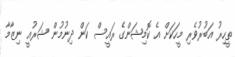
ތީހިރު އަބުރުވެރި މީހަކަށް އެ ކޮމިޝަންގެ ރައީސް ކަން ދިނުމުން ޝަރުއީ ނިޒާމާ